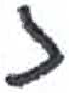
אות: נ